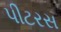
પીટરસ